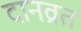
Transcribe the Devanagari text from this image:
दानव्रत